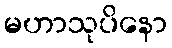
မဟာသုပိနော